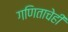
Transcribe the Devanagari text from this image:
गणिताचेही